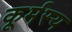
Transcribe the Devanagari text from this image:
कूर्मस्य